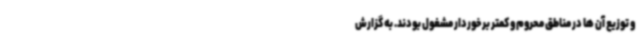
و توزیع آن ها در مناطق محروم و کمتر برخوردار مشغول بودند. به گزارش